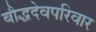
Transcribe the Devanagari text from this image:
बौद्धदेवपरिवार